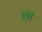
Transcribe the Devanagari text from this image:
शॊ